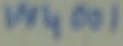
Text: IN4001